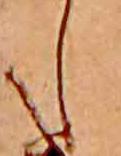
し